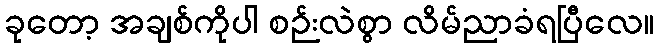
ခုတော့ အချစ်ကိုပါ စဉ်းလဲစွာ လိမ်ညာခံရပြီလေ။